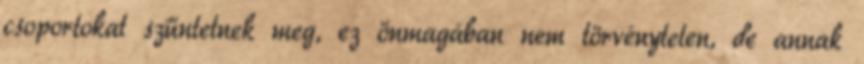
csoportokat szűntetnek meg, ez önmagában nem törvénytelen, de annak